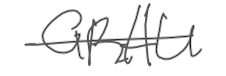
Text: GRAU
Cross-out: single-line
Writing tool: digital_gray